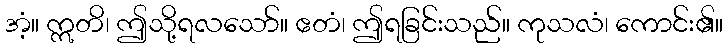
အံ့။ ဣတိ၊ ဤသို့ရလသော်။ ဧတံ၊ ဤရခြင်းသည်။ ကုသလံ၊ ကောင်း၏။